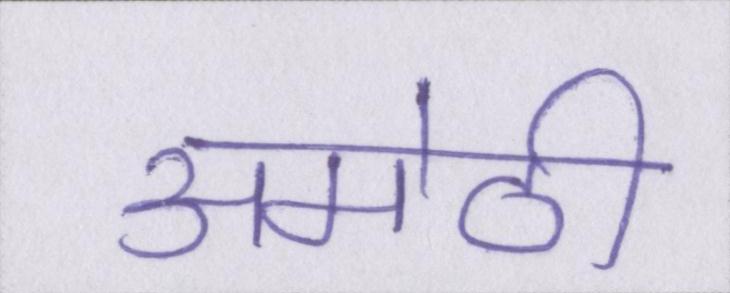
अमेठी